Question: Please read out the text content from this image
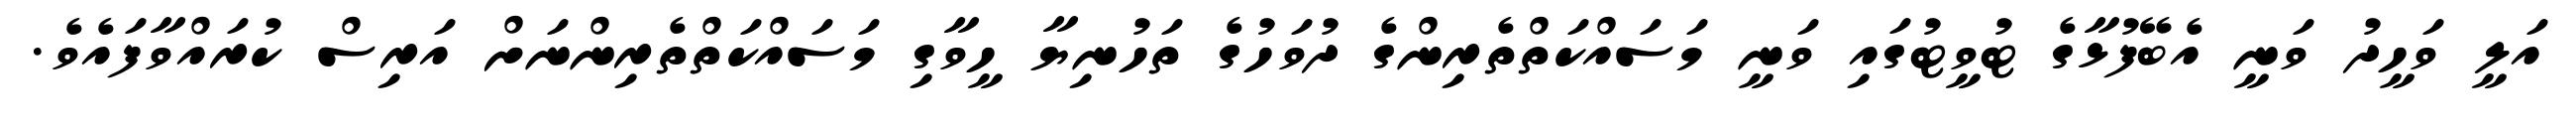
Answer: އަލީ ވަހީދު ވަނީ އެބޭފުޅާގެ ޓުވީޓުގައި ވަނީ މަސައްކަތްތެރިންގެ ދުވަހުގެ ތަހުނިޔާ ހީވާގި މަސައްކަތްތެރިންނަށް އަރިސް ކުރައްވާފައެވެ.